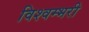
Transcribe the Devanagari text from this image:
विश्वम्भरी